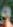
و